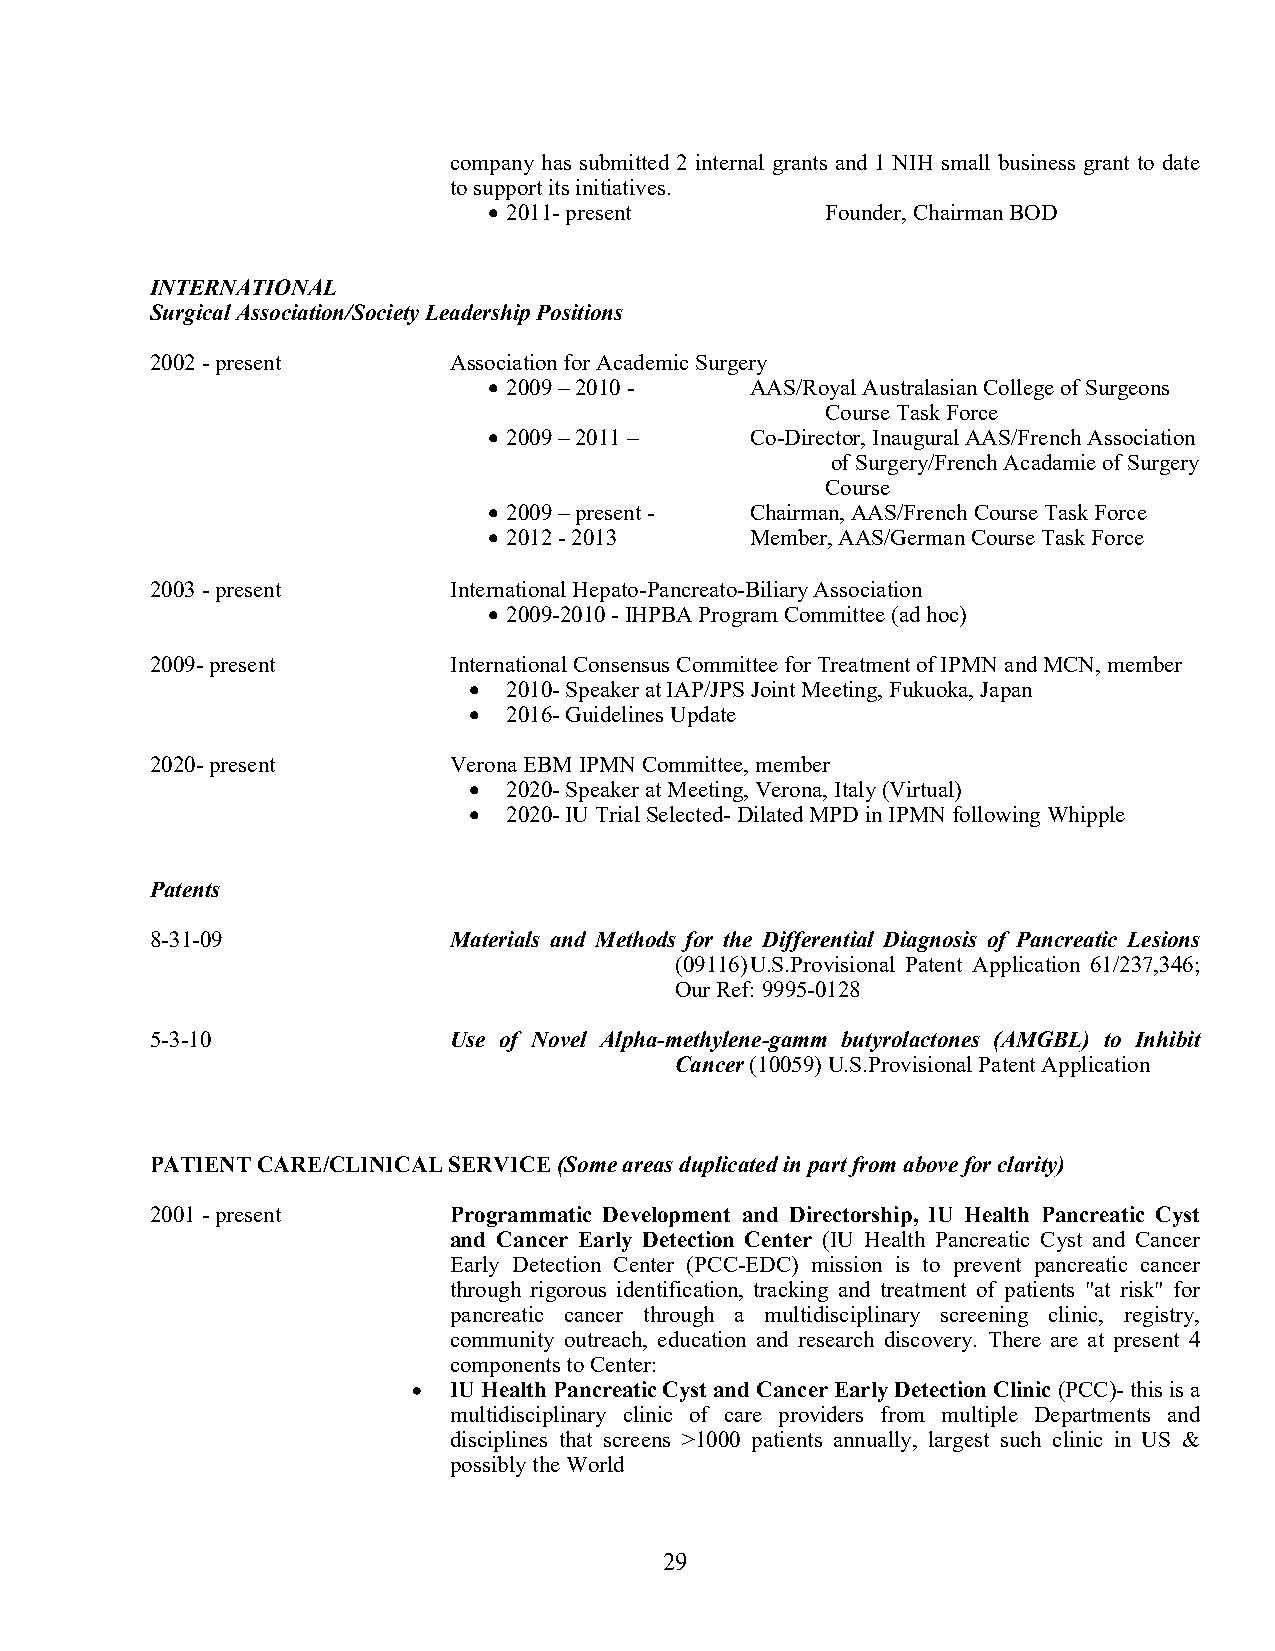
company has submitted 2 internal grants and 1 NIH small business grant to date
 to support its initiatives.
 • 2011- present        Founder, Chairman BOD
 INTERNATIONAL
 Surgical Association/Society Leadership Positions
 2002 - present      Association for Academic Surgery
 • 2009 – 2010 -   AAS/Royal Australasian College of Surgeons
 Course Task Force
 • 2009 – 2011 –   Co-Director, Inaugural AAS/French Association
 of Surgery/French Acadamie of Surgery
 Course
 • 2009 – present - Chairman, AAS/French Course Task Force
 • 2012 - 2013     Member, AAS/German Course Task Force
 2003 - present      International Hepato-Pancreato-Biliary Association
 • 2009-2010 - IHPBA Program Committee (ad hoc)
 2009- present       International Consensus Committee for Treatment of IPMN and MCN, member
 •  2010- Speaker at IAP/JPS Joint Meeting, Fukuoka, Japan
 •  2016- Guidelines Update
 2020- present       Verona EBM IPMN Committee, member
 •  2020- Speaker at Meeting, Verona, Italy (Virtual)
 •  2020- IU Trial Selected- Dilated MPD in IPMN following Whipple
 Patents
 8-31-09             Materials and Methods for the Differential Diagnosis of Pancreatic Lesions
 (09116) U.S.Provisional Patent Application 61/237,346;
 Our Ref: 9995-0128
 5-3-10              Use of Novel Alpha-methylene-gamm butyrolactones (AMGBL) to Inhibit
 Cancer (10059) U.S.Provisional Patent Application
 PATIENT CARE/CLINICAL SERVICE (Some areas duplicated in part from above for clarity)
 2001 - present      Programmatic Development and Directorship, IU Health Pancreatic Cyst
 and Cancer Early Detection Center (IU Health Pancreatic Cyst and Cancer
 Early Detection Center (PCC-EDC) mission is to prevent pancreatic cancer
 through rigorous identification, tracking and treatment of patients "at risk" for
 pancreatic cancer through a multidisciplinary screening clinic, registry,
 community outreach, education and research discovery. There are at present 4
 components to Center:
 •  IU Health Pancreatic Cyst and Cancer Early Detection Clinic (PCC)- this is a
 multidisciplinary clinic of care providers from multiple Departments and
 disciplines that screens >1000 patients annually, largest such clinic in US &
 possibly the World
 29